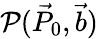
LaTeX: \mathcal{P}(\vec{P}_{0},\vec{b})